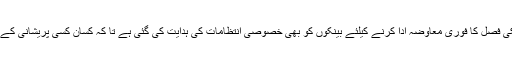
انہوں نے مزید کہا کہ کسانوں کو انکی فصل کا فوری معاوضہ ادا کرنے کیلئے بینکوں کو بھی خصوصی انتظامات کی ہدایت کی گئی ہے تا کہ کسان کسی پریشانی کے بغیر اپنا معاوضہ حاصل کر سکیں ۔